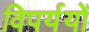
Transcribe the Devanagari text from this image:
विपर्ययों